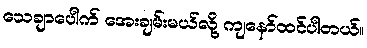
သေချာပေါက် အေးချမ်းမယ်လို့ ကျနော်ထင်ပါတယ်။